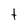
Character: t